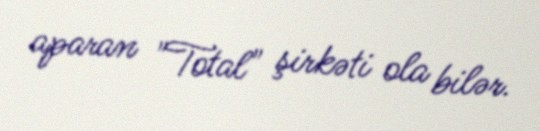
aparan "Total" şirkəti ola bilər.